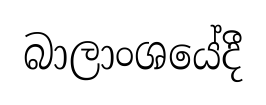
බාලාංශයේදී